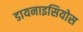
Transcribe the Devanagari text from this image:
डायनाइसियोस